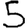
Digit: 5